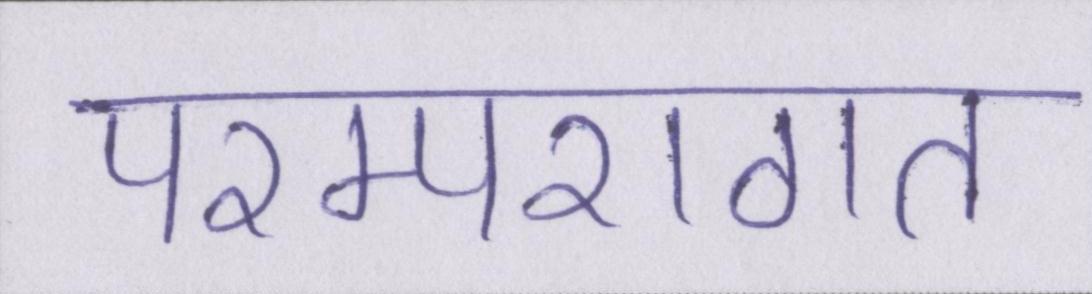
परम्परागत